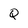
Character: Q